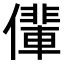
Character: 𠐡